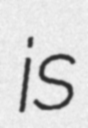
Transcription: is